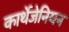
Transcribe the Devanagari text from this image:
कार्थेजेनियन